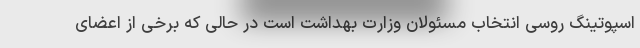
اسپوتینگ روسی انتخاب مسئولان وزارت بهداشت است در حالی که برخی از اعضای